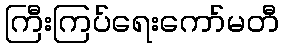
ကြီးကြပ်ရေးကော်မတီ